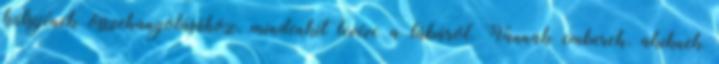
külsejének összehangolásához, mindenkit levéve a lábáról. Vannak emberek, akiknek